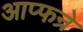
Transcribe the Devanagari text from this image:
आप्फन्रे